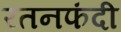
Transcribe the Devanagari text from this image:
रतनफंदी